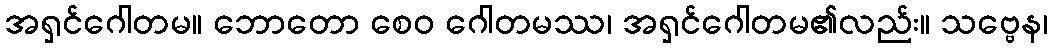
အရှင်ဂေါတမ။ ဘောတော စေဝ ဂေါတမဿ၊ အရှင်ဂေါတမ၏လည်း။ သဗ္ဗေန၊